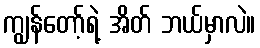
ကျွန်တော့်ရဲ့ အိတ် ဘယ်မှာလဲ။